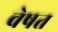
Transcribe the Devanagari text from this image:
वेषत